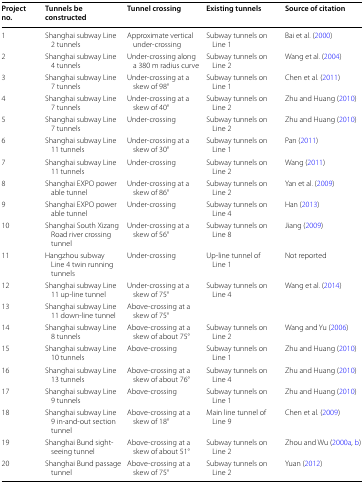
<table><thead><tr><td><b>Project no.</b></td><td><b>Tunnels be constructed</b></td><td><b>Tunnel crossing</b></td><td><b>Existing tunnels</b></td><td><b>Source of citation</b></td></tr></thead><tbody><tr><td>1</td><td>Shanghai subway Line 2 tunnels</td><td>Approximate vertical under-crossing</td><td>Subway tunnels on Line 1</td><td>Bai et al. (2000)</td></tr><tr><td>2</td><td>Shanghai subway Line 4 tunnels</td><td>Under-crossing along a 380 m radius curve</td><td>Subway tunnels on Line 2</td><td>Wang et al. (2004)</td></tr><tr><td>3</td><td>Shanghai subway Line 7 tunnels</td><td>Under-crossing at a skew of 98°</td><td>Subway tunnels on Line 1</td><td>Chen et al. (2011)</td></tr><tr><td>4</td><td>Shanghai subway Line 7 tunnels</td><td>Under-crossing at a skew of 40°</td><td>Subway tunnels on Line 2</td><td>Zhu and Huang (2010)</td></tr><tr><td>5</td><td>Shanghai subway Line 7 tunnels</td><td>Under-crossing</td><td>Subway tunnels on Line 2</td><td>Zhu and Huang (2010)</td></tr><tr><td>6</td><td>Shanghai subway Line 11 tunnels</td><td>Under-crossing at a skew of 30°</td><td>Subway tunnels on Line 1</td><td>Pan (2011)</td></tr><tr><td>7</td><td>Shanghai subway Line 11 tunnels</td><td>Under-crossing</td><td>Subway tunnels on Line 2</td><td>Wang (2011)</td></tr><tr><td>8</td><td>Shanghai EXPO power able tunnel</td><td>Under-crossing at a skew of 86°</td><td>Subway tunnels on Line 2</td><td>Yan et al. (2009)</td></tr><tr><td>9</td><td>Shanghai EXPO power able tunnel</td><td>Under-crossing</td><td>Subway tunnels on Line 4</td><td>Han (2013)</td></tr><tr><td>10</td><td>Shanghai South Xizang Road river crossing tunnel</td><td>Under-crossing at a skew of 56°</td><td>Subway tunnels on Line 8</td><td>Jiang (2009)</td></tr><tr><td>11</td><td>Hangzhou subway Line 4 twin running tunnels</td><td>Under-crossing</td><td>Up-line tunnel of Line 1</td><td>Not reported</td></tr><tr><td>12</td><td>Shanghai subway Line 11 up-line tunnel</td><td>Under-crossing at a skew of 75°</td><td rowspan="2">Subway tunnels on Line 4</td><td rowspan="2">Wang et al. (2014)</td></tr><tr><td>13</td><td>Shanghai subway Line 11 down-line tunnel</td><td>Above-crossing at a skew of 75°</td></tr><tr><td>14</td><td>Shanghai subway Line 8 tunnels</td><td>Above-crossing at a skew of about 75°</td><td>Subway tunnels on Line 2</td><td>Wang and Yu (2006)</td></tr><tr><td>15</td><td>Shanghai subway Line 10 tunnels</td><td>Above-crossing</td><td>Subway tunnels on Line 1</td><td>Zhu and Huang (2010)</td></tr><tr><td>16</td><td>Shanghai subway Line 13 tunnels</td><td>Above-crossing at a skew of about 76°</td><td>Subway tunnels on Line 4</td><td>Zhu and Huang (2010)</td></tr><tr><td>17</td><td>Shanghai subway Line 9 tunnels</td><td>Above-crossing</td><td>Subway tunnels on Line 1</td><td>Zhu and Huang (2010)</td></tr><tr><td>18</td><td>Shanghai subway Line 9 in-and-out section tunnel</td><td>Above-crossing at a skew of 18°</td><td>Main line tunnel of Line 9</td><td>Chen et al. (2009)</td></tr><tr><td>19</td><td>Shanghai Bund sightseeing tunnel</td><td>Above-crossing at a skew of about 51°</td><td>Subway tunnels on Line 2</td><td>Zhou and Wu (2000a, b)</td></tr><tr><td>20</td><td>Shanghai Bund passage tunnel</td><td>Above-crossing at a skew of 75°</td><td>Subway tunnels on Line 2</td><td>Yuan (2012)</td></tr></tbody></table>